Source: Handwritten
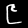
Digit: ၉ (9)